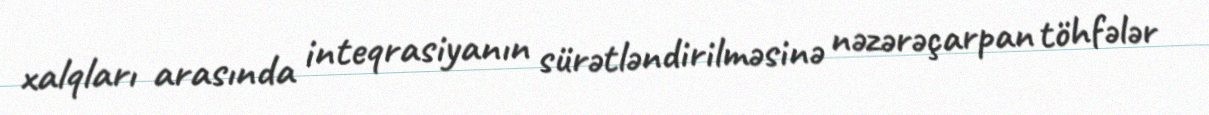
xalqları arasında inteqrasiyanın sürətləndirilməsinə nəzərəçarpan töhfələr